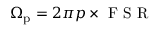
\Omega _ { \mathrm { p } } = 2 \pi p \times \mathrm { ~ F ~ S ~ R ~ }